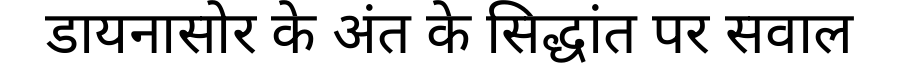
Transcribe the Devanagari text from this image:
डायनासोर के अंत के सिद्धांत पर सवाल